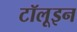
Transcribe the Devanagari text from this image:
टॉलूइन